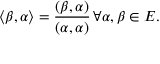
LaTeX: \langle \beta , \alpha \rangle = { \frac { ( \beta , \alpha ) } { ( \alpha , \alpha ) } } \, \forall \alpha , \beta \in E .